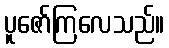
ပူဇော်ကြလေသည်။